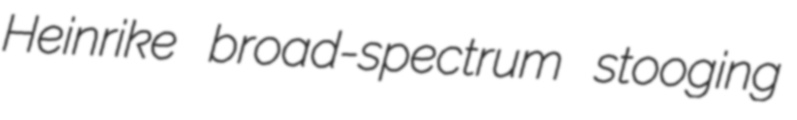
Heinrike broad-spectrum stooging